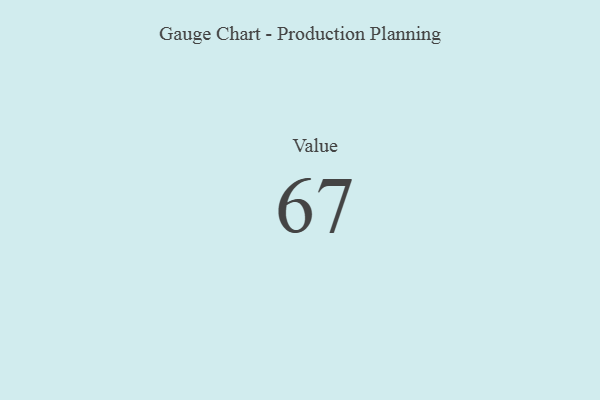
{"axis": {"x": "Metric", "y": "Value"}, "legend": [""], "data": [{"x": "Value", "y": 67, "type": ""}]}